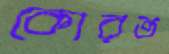
কোরত